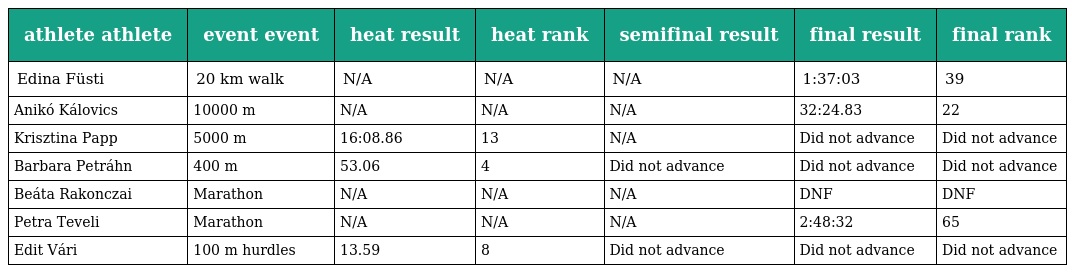
| athlete athlete | event event | heat result | heat rank | semifinal result | final result | final rank |
 | --- | --- | --- | --- | --- | --- | --- |
 | Edina Füsti | 20 km walk | N/A | N/A | N/A | 1:37:03 | 39 |
 | Anikó Kálovics | 10000 m | N/A | N/A | N/A | 32:24.83 | 22 |
 | Krisztina Papp | 5000 m | 16:08.86 | 13 | N/A | Did not advance | Did not advance |
 | Barbara Petráhn | 400 m | 53.06 | 4 | Did not advance | Did not advance | Did not advance |
 | Beáta Rakonczai | Marathon | N/A | N/A | N/A | DNF | DNF |
 | Petra Teveli | Marathon | N/A | N/A | N/A | 2:48:32 | 65 |
 | Edit Vári | 100 m hurdles | 13.59 | 8 | Did not advance | Did not advance | Did not advance |